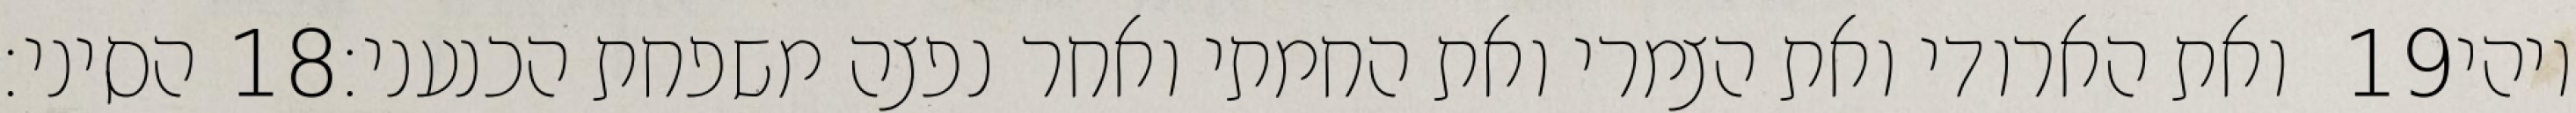
הסיני׃ ‎18‏ ואת הארודי ואת הצמרי ואת החמתי ואחר נפצה משפחת הכנעני׃ ‎19‏ ויהי